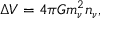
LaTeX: \Delta V = 4 \pi G m _ { \nu } ^ { 2 } n _ { \nu } ,